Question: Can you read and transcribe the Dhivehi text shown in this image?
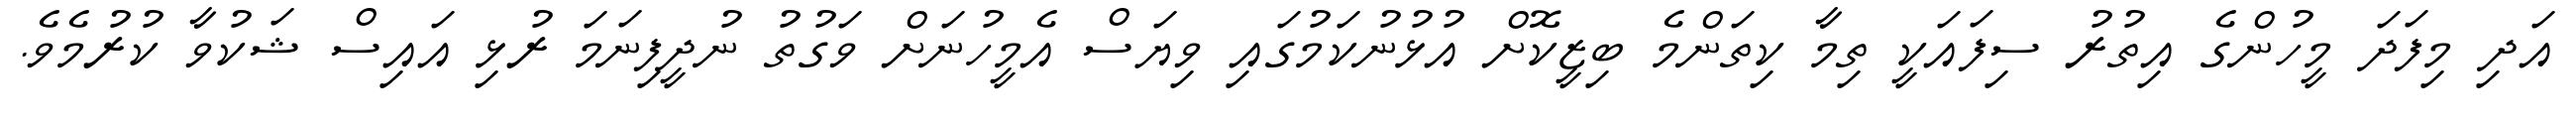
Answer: އަދި މިފަދަ މީހުންގެ އިތުރު ސިފައަކީ ތިމާ ކިތަންމެ ބިޒީކޮށް އުޅުނުކަމުގައި ވިޔަސް އެމީހުނަށް ވަގުތު ނުދީފިނަމަ ރުޅި އައިސް ޝަކުވާ ކުރުމެވެ.